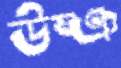
উষ্ঞ